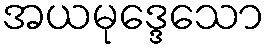
အယမုဒ္ဒေသော